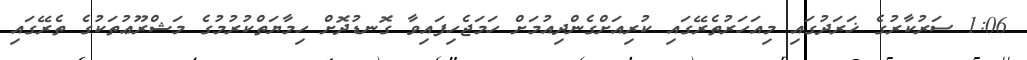
1:06 ސަރުކާރުގެ ޚަރަދުގައި މިއަހަރުތެރޭގައި ކުރިއަށްގެންދިއުމަށް ހަމަޖެހިފައިވާ ގޮނޑުދޮށް ހިމާޔަތްކުރުމުގެ މަޝްރޫޢުތަކުގެ ތެރޭގައި